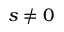
s \neq 0